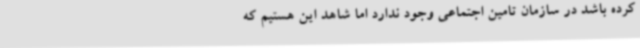
کرده باشد در سازمان تامین اجتماعی وجود ندارد اما شاهد این هستیم که